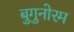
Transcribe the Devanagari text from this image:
बुगुनोरम